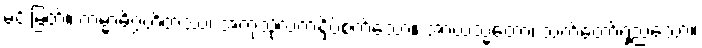
မင်းမြတ်။ ကမ္မာဓိဂ္ဂဟိတဿ၊ အကုသိုလ်ကံနှိပ်စက်သော။ အာယသ္မတော၊ သက်တော်ရှည်သော။